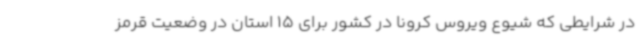
در شرایطی که شیوع ویروس کرونا در کشور برای 15 استان در وضعیت قرمز